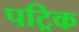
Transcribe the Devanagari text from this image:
पट्रिक